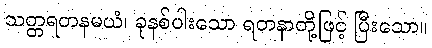
သတ္တရတနမယံ၊ ခုနစ်ပါးသော ရတနာတို့ဖြင့် ပြီးသော။